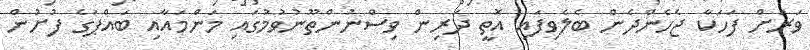
ވަރަށް ފަހަކާ ޖެހެންދެން ބެލެވިފައި އޮތީ ދަރިން ވިސްނުންތޫނުވުމުގައި މަންމައާއި ބައްޕަގެ ފުށުން